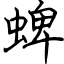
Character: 蜱